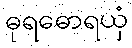
ဓုရဓောရယှံ